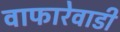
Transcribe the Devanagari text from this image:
वाफारेवाडी